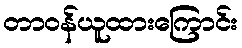
တာဝန်ယူထားကြောင်း